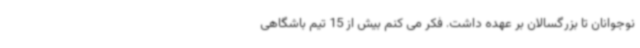
نوجوانان تا بزرگسالان بر عهده داشت. فکر می کنم بیش از 15 تیم باشگاهی